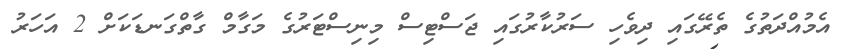
އެމުއްދަތުގެ ތެރޭގައި ދިވެހި ސަރުކާރުގައި ޖަސްޓިސް މިނިސްޓަރުގެ މަގާމް ގާތްގަނޑަކަށް 2 އަހަރު